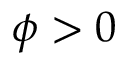
\phi > 0